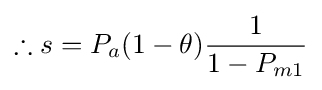
\therefore s=P_{a}(1-\theta ){\frac {1}{1-P_{m1}}}